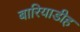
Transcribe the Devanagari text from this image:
बारियाडीह